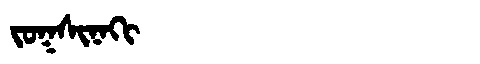
Manchu: ᠵᠣᡴᠰᡳᠨᠠᡴᡳ
Romanization: JOKSINAKI